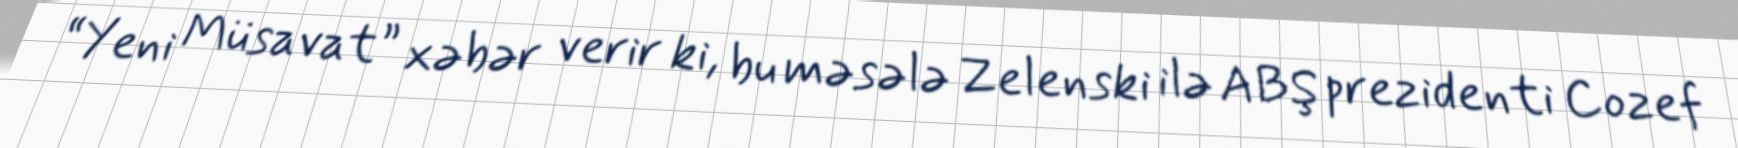
“Yeni Müsavat” xəbər verir ki, bu məsələ Zelenski ilə ABŞ prezidenti Cozef